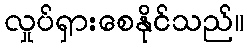
လှုပ်ရှားစေနိုင်သည်။